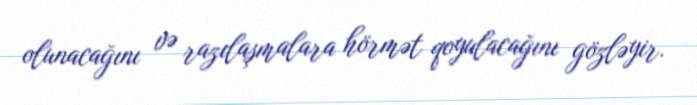
olunacağını və razılaşmalara hörmət qoyulacağını gözləyir.